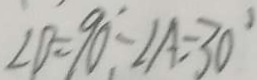
\angle D = 9 0 ^ { \circ } - \angle A = 3 0 ^ { \circ }